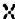
X